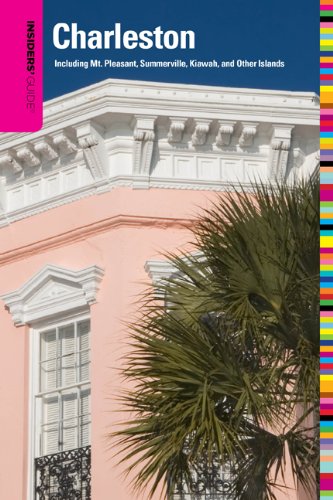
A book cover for Insiders' Guide to Charleston, 12th: Including Mt. Pleasant, Summerville, Kiawah, and Other Islands (Insiders' Guide Series); Lee Davis Perry; Travel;